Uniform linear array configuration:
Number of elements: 16
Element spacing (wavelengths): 0.5
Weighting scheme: kaiser
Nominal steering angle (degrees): -45
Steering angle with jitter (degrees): -43.859
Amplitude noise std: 0.05
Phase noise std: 0.05

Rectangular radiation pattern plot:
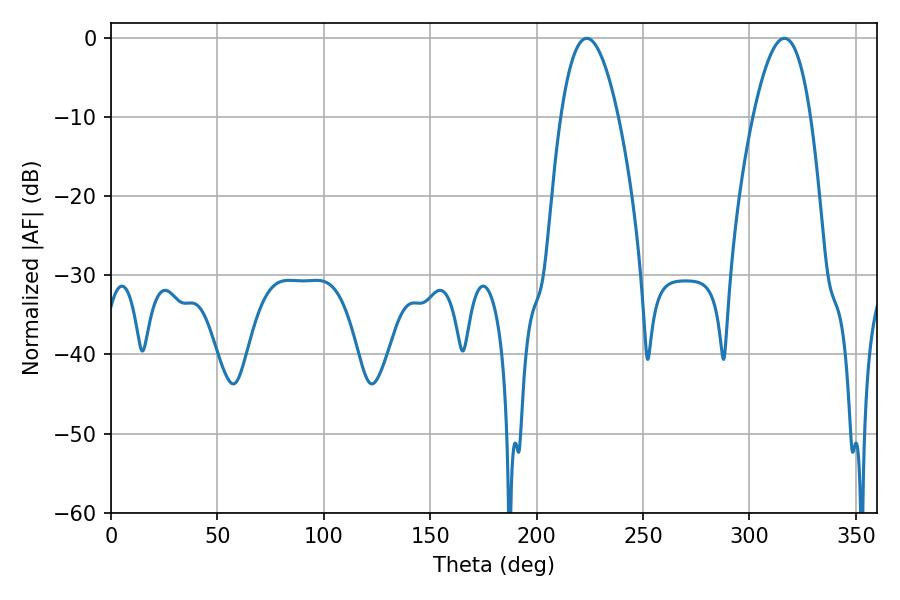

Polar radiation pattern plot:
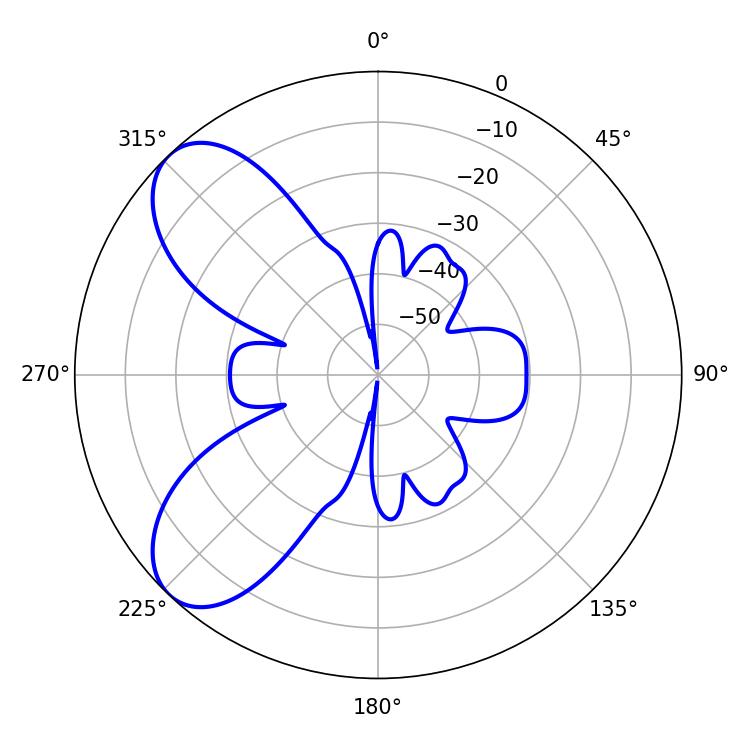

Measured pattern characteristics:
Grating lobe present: FALSE
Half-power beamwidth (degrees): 14.76
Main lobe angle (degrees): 223.56